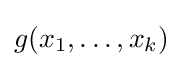
g(x_{1},\ldots ,x_{k})